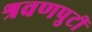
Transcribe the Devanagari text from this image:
श्रवणपुटीं